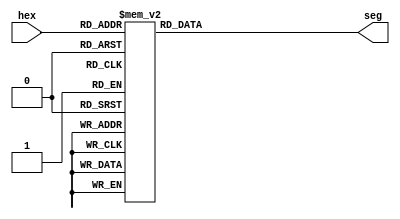
////////////////////////////////////////////////////////////////////////////////////
// Copyright (c) 2012, Ameer M. Abdelhadi; ameer@ece.ubc.ca. All rights reserved. //
//                                                                                //
// Redistribution  and  use  in  source   and  binary  forms,   with  or  without //
// modification,  are permitted  provided that  the following conditions are met: //
//   * Redistributions   of  source   code  must  retain   the   above  copyright //
//     notice,  this   list   of   conditions   and   the  following  disclaimer. //
//   * Redistributions  in  binary  form  must  reproduce  the  above   copyright //
//     notice, this  list  of  conditions  and the  following  disclaimer in  the //
//     documentation and/or  other  materials  provided  with  the  distribution. //
//   * Neither the name of the University of British Columbia (UBC) nor the names //
//     of   its   contributors  may  be  used  to  endorse  or   promote products //
//     derived from  this  software without  specific  prior  written permission. //
//                                                                                //
// THIS  SOFTWARE IS  PROVIDED  BY THE COPYRIGHT HOLDERS AND CONTRIBUTORS "AS IS" //
// AND  ANY EXPRESS  OR IMPLIED WARRANTIES,  INCLUDING,  BUT NOT LIMITED TO,  THE //
// IMPLIED WARRANTIES OF MERCHANTABILITY AND FITNESS FOR A PARTICULAR PURPOSE ARE //
// DISCLAIMED.  IN NO  EVENT SHALL University of British Columbia (UBC) BE LIABLE //
// FOR ANY DIRECT,  INDIRECT,  INCIDENTAL,  SPECIAL,  EXEMPLARY, OR CONSEQUENTIAL //
// DAMAGES  (INCLUDING,  BUT NOT LIMITED TO,  PROCUREMENT OF  SUBSTITUTE GOODS OR //
// SERVICES;  LOSS OF USE,  DATA,  OR PROFITS;  OR BUSINESS INTERRUPTION) HOWEVER //
// CAUSED AND ON ANY THEORY OF LIABILITY,  WHETHER IN CONTRACT, STRICT LIABILITY, //
// OR TORT  (INCLUDING NEGLIGENCE OR OTHERWISE) ARISING IN ANY WAY OUT OF THE USE //
// OF  THIS SOFTWARE,  EVEN  IF  ADVISED  OF  THE  POSSIBILITY  OF  SUCH  DAMAGE. //
////////////////////////////////////////////////////////////////////////////////////

////////////////////////////////////////////////////////////////////////////////////
//                  hex7seg.v: hexadecimal 7-segment controller                   //
//                                                                                //
// Ameer M.S. Abdelhadi (ameer@ece.ubc.ca; ameer.abdelhadi@gmail.com), Sept. 2012 //
////////////////////////////////////////////////////////////////////////////////////

module hex7seg	(
  input      [3:0] hex,
  output reg [6:0] seg
);

always @(*) begin
  case(hex)
    4'h0: seg = 7'b1000000;
    4'h1: seg = 7'b1111001;
    4'h2: seg = 7'b0100100;
    4'h3: seg = 7'b0110000;
    4'h4: seg = 7'b0011001;
    4'h5: seg = 7'b0010010;
    4'h6: seg = 7'b0000010;
    4'h7: seg = 7'b1111000;
    4'h8: seg = 7'b0000000;
    4'h9: seg = 7'b0011000;
    4'ha: seg = 7'b0001000;
    4'hb: seg = 7'b0000011;
    4'hc: seg = 7'b1000110;
    4'hd: seg = 7'b0100001;
    4'he: seg = 7'b0000110;
    4'hf: seg = 7'b0001110;
  endcase
end

endmodule